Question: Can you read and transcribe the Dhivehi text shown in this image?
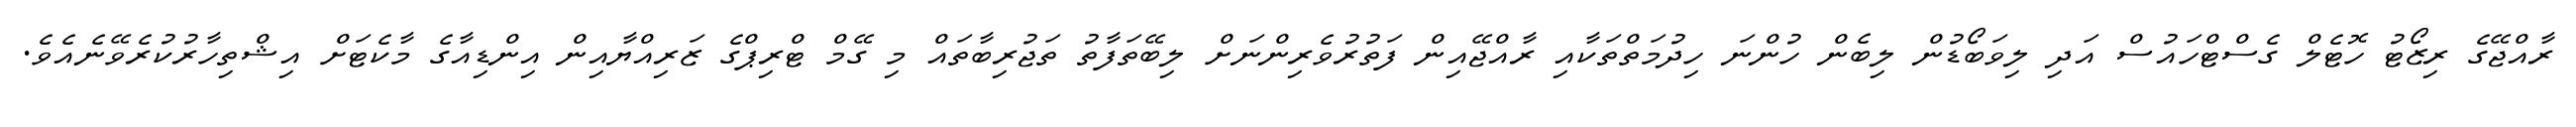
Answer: ރާއްޖޭގެ ރިޒޯޓު ހޮޓެލް ގެސްޓްހައުސް އަދި ލިވަބޯޑުން ލިބެން ހުންނަ ހިދުމަތްތަކާއި ރާއްޖޭއިން ފަތުރުވެރިންނަށް ލިބޭތަފާތު ތަޖުރިބާތައް މި ގޭމް ޓްރިޕްގެ ޒަރިއްޔާއިން އިންޑިއާގެ މާކެޓަށް އިޝްތިހާރުކުރެވޭނެއެވެ.